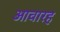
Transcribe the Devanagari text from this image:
आवारह